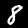
Digit: 8